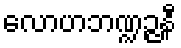
လောဟဘဏ္ဍဉ္ဇနီ